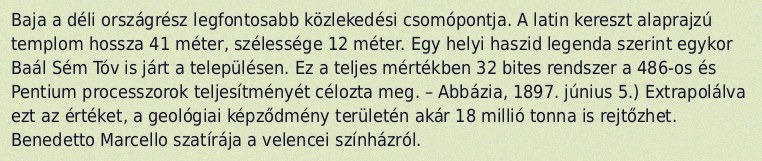
Baja a déli országrész legfontosabb közlekedési csomópontja. A latin kereszt alaprajzú templom hossza 41 méter, szélessége 12 méter. Egy helyi haszid legenda szerint egykor Baál Sém Tóv is járt a településen. Ez a teljes mértékben 32 bites rendszer a 486-os és Pentium processzorok teljesítményét célozta meg. – Abbázia, 1897. június 5.) Extrapolálva ezt az értéket, a geológiai képződmény területén akár 18 millió tonna is rejtőzhet. Benedetto Marcello szatírája a velencei színházról.